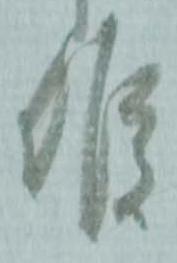
候